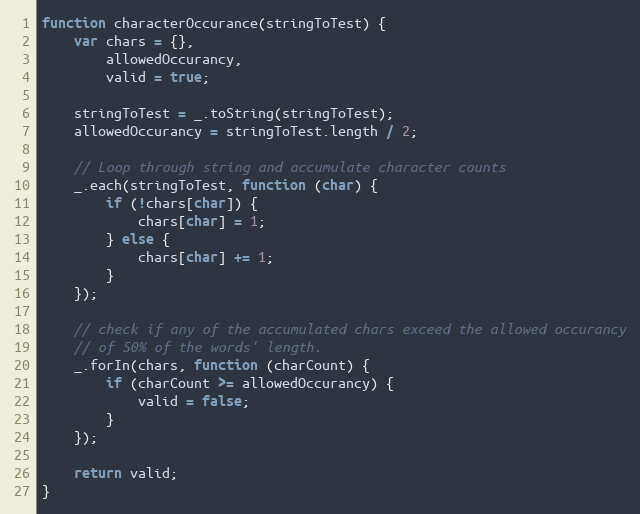
Language: JavaScript
function characterOccurance(stringToTest) {
    var chars = {},
        allowedOccurancy,
        valid = true;

    stringToTest = _.toString(stringToTest);
    allowedOccurancy = stringToTest.length / 2;

    // Loop through string and accumulate character counts
    _.each(stringToTest, function (char) {
        if (!chars[char]) {
            chars[char] = 1;
        } else {
            chars[char] += 1;
        }
    });

    // check if any of the accumulated chars exceed the allowed occurancy
    // of 50% of the words' length.
    _.forIn(chars, function (charCount) {
        if (charCount >= allowedOccurancy) {
            valid = false;
        }
    });

    return valid;
}